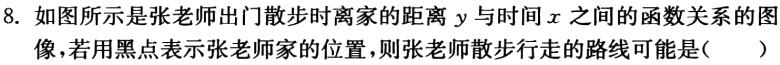
8. 如图所示是张老师出门散步时离家的距离$y$与时间$x$之间的函数关系的图

像，若用黑点表示张老师家的位置，则张老师散步行走的路线可能是( )